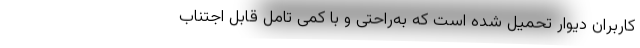
کاربران دیوار تحمیل شده است که به‌راحتی و با کمی تامل قابل اجتناب